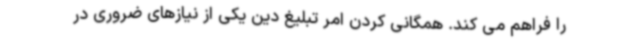
را فراهم می کند. همگانی کردن امر تبلیغ دین یکی از نیازهای ضروری در